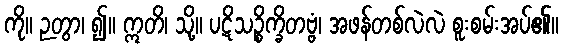
ကို။ ဉတွာ၊ ၍။ ဣတိ၊ သို့။ ပဋိသဉ္စိက္ခိတဗ္ဗံ၊ အဖန်တစ်လဲလဲ စူးစမ်းအပ်၏။